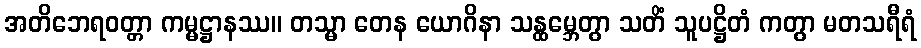
အတိဘေရဝတ္တာ ကမ္မဋ္ဌာနဿ။ တသ္မာ တေန ယောဂိနာ သန္ထမ္ဘေတွာ သတိံ သူပဋ္ဌိတံ ကတွာ မတသရီရံ